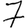
Digit: 7